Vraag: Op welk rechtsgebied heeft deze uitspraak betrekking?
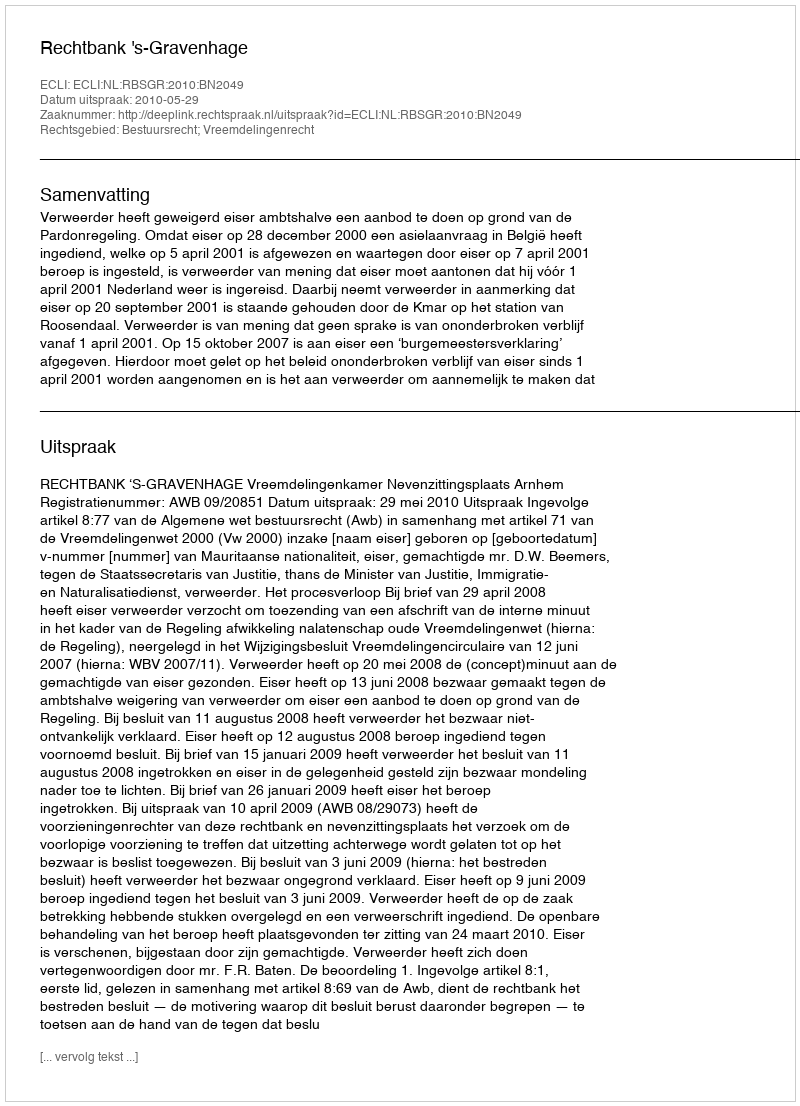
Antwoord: Bestuursrecht; Vreemdelingenrecht